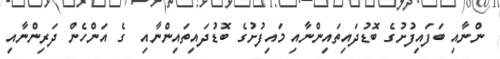
ންނާއި ބަފައިފުށުގެ ބޮޑުދައިތައިންނާއި މައިފުށުގެ ބޮޑުދައިތައިންނާއި  ގެ އަންހެން ދަރިންނާއި